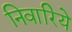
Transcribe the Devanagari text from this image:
निवारिये